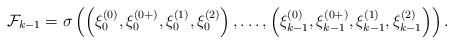
LaTeX: \begin{align*}\mathcal{F}_{k-1}=\sigma\left( \left(\xi^{(0)}_0, {\xi^{(0+)}_{0}},\xi^{(1)}_0, \xi^{(2)}_0\right), \dots, \left(\xi^{(0)}_{k-1}, {\xi^{(0+)}_{k-1}},\xi^{(1)}_{k-1}, \xi^{(2)}_{k-1}\right)\right). \end{align*}